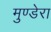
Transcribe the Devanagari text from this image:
मुण्डेरा